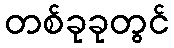
တစ်ခုခုတွင်